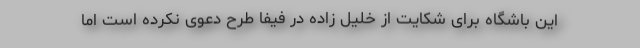
این باشگاه برای شکایت از خلیل زاده در فیفا طرح دعوی نکرده است اما